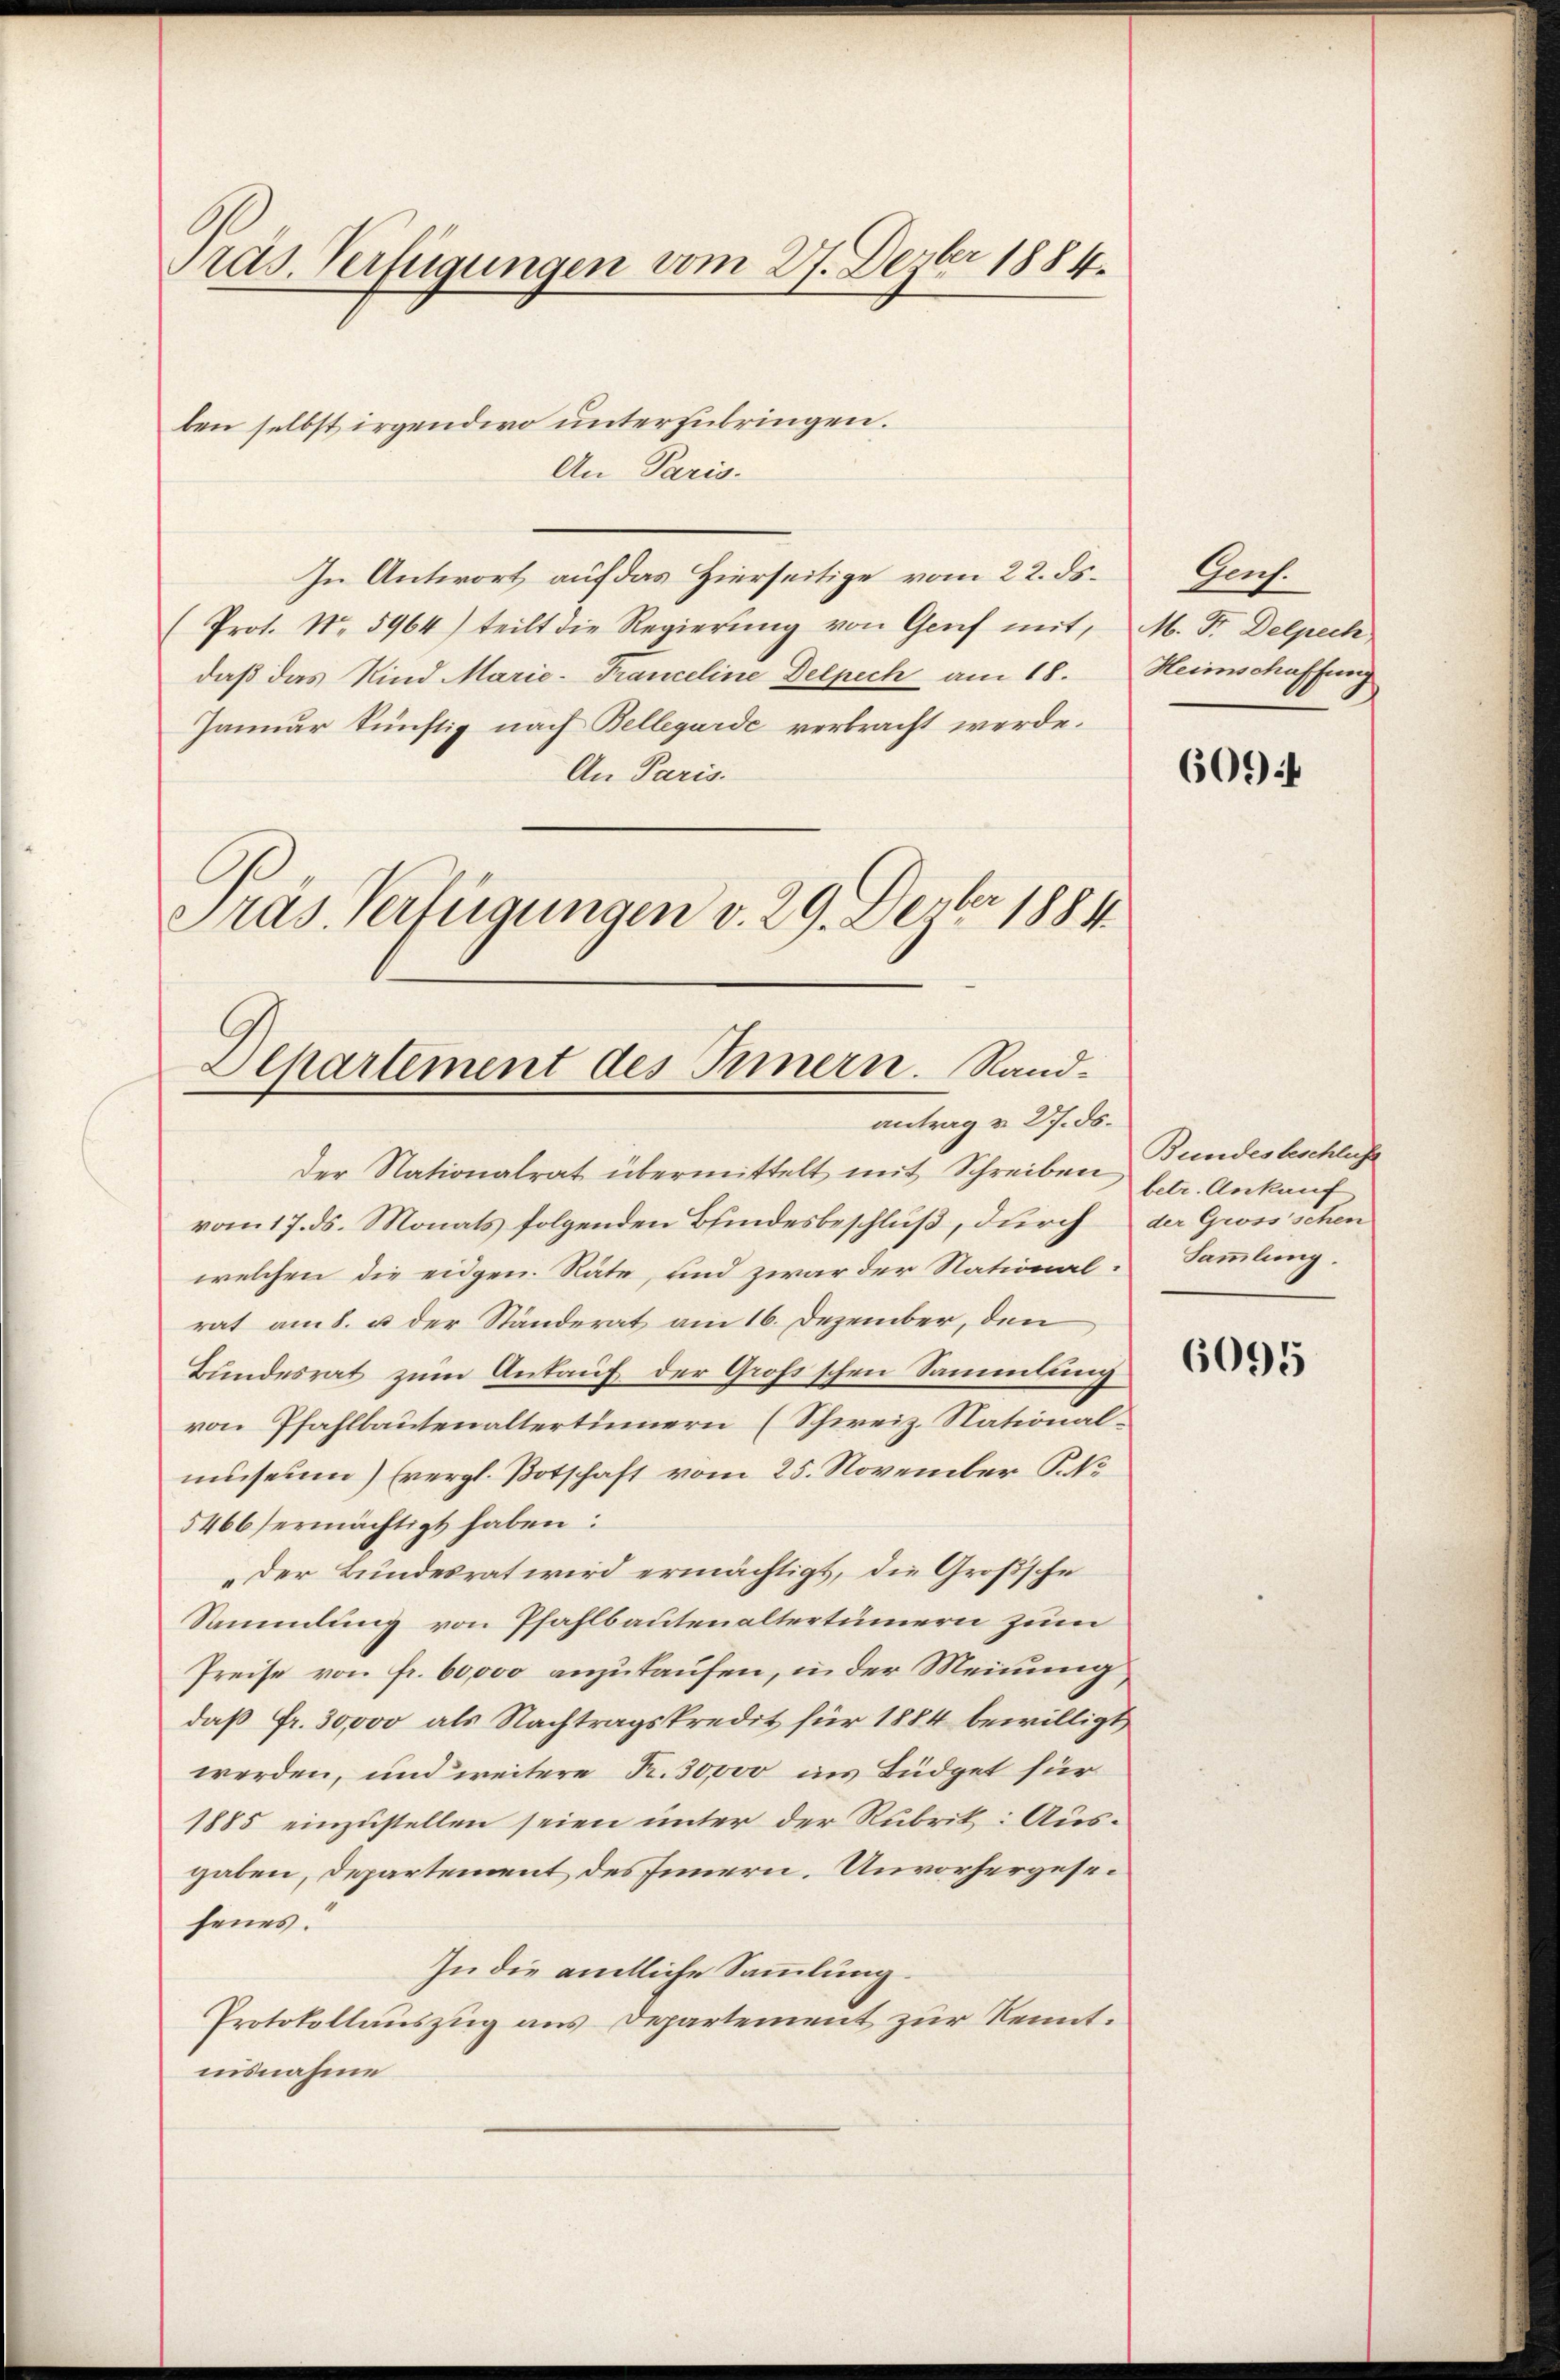
Ords. Verfügungen vom 27. Dezbr 1884.

ben selbst irgendwo unterzubringen.
An Paris.
In Antwort auf das Hierseitige vom 22. ds.
Prot. No. 5964) teilt die Regierung von Genf mit,
daß das Kind Marie-Franceline Delpech am 18.
Januar künftig nach Bellegarde verbracht werde.
An Paris.
Präs. Verfügungen v. 29. Dezbr 1884.

Alpartement des Innern. Randantrag v. 27. ds.

Der Nationalrat übermittelt mit Schreiben
vom 17. ds. Monats folgenden Bindesbeschluß, durch
welchen die eidgen. Räte, und zwar der National: Sammlung.
rat am 8. u der Ständerat am 16. Dezember, den
Bundesrat zum Ankauf der Großschen Sammlung
von Pfahlbautenaltertümern (Schweiz. Nationalmuseum) Evergl. Botschaft vom 25. November K. N
5466 ermächtigt haben:
„der Bundesrat wird ermächtigt, die Größsche
Sammlung von Pfahlbautenaltertümern zum
Preise von fr. 60,000 anzukaufen, in der Meinung
daß Fr. 30,000 als Nachtragskredit für 1884 bewilligt
werden, und weitere Fr. 30,000 ins Büdget für
1885 einzustellen seien unter der Rubrik: Ausgaben, Departement des Innern. Unvorhergesefenes.
In die amtliche Sammlung.
Protokollauszug aus Departement zur Kenntnisnahme

Geh.
M. Fr. Delpech
Heimschaffung

609 f

Bundesbeschlus
betr. Ankauf
der Grossschen

6095